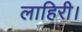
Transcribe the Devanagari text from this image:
लाहिरी।